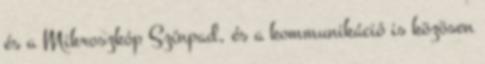
és a Mikroszkóp Színpad, és a kommunikáció is közösen